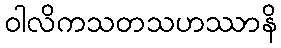
ဝါလိကသတသဟဿာနိ